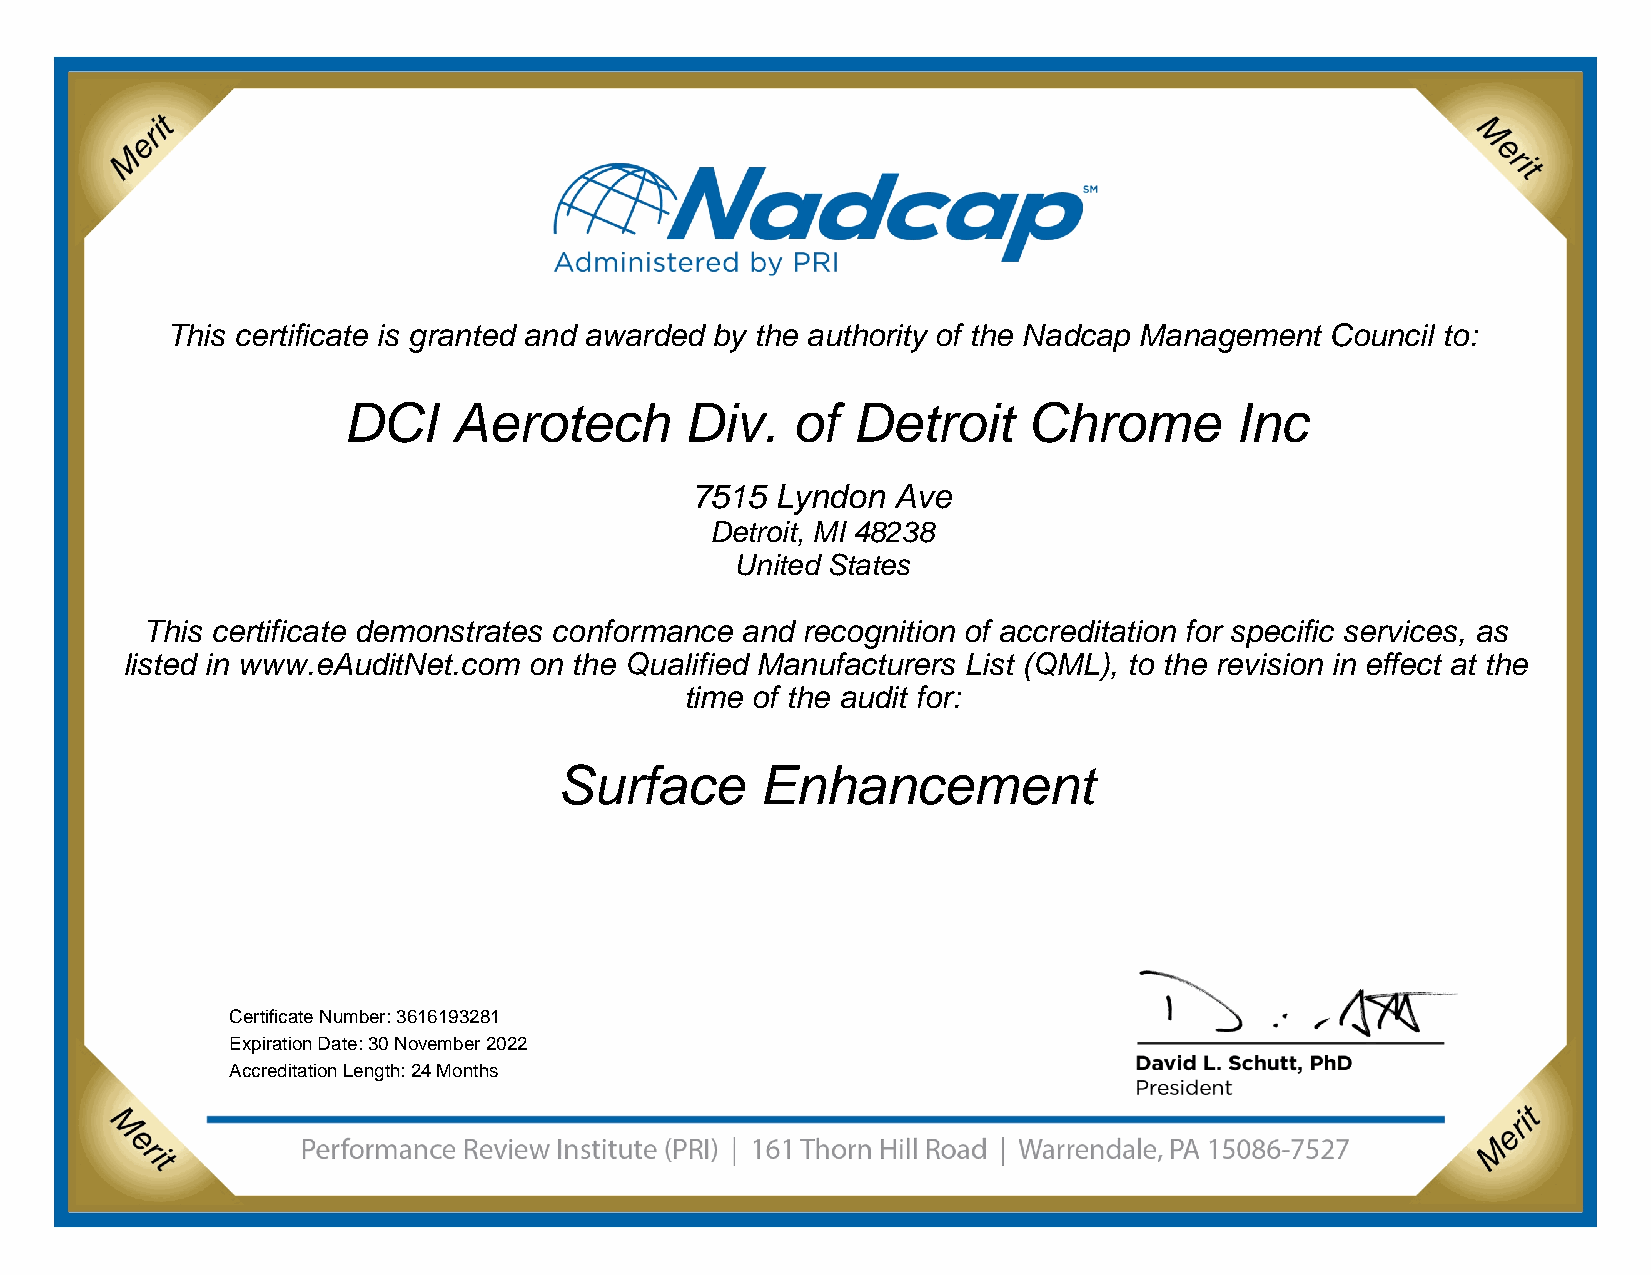
This certificate is granted and awarded by the authority of the Nadcap Management Council to:
 Company           Name       Here
 Address line 1
 Address line 2
 Address line 3
 This certificate demonstrates conformance and recognition of accreditation for specific
 services as listed in www.eAuditNet.com on the Qualified Manufacturers List (QML), to the
 revision in effect at the time of the audit for:
 Process        Name        Here
 Certification Number:
 Expiration Date:
 This certificate is granted and awarded by the authority of the Nadcap Management Council to:
 DCI    Aerotech       Div.   of  Detroit     Chrome        Inc
 7515 Lyndon  Ave
 Detroit, MI 48238
 United States
 This certificate demonstrates conformance and recognition of accreditation for specific services, as
 listed in www.eAuditNet.com on the Qualified Manufacturers List (QML), to the revision in effect at the
 time of the audit for:
 Surface      Enhancement
 Certificate Number: 3616193281
 Expiration Date: 30 November 2022
 Accreditation Length: 24 Months